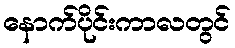
နောက်ပိုင်းကာလတွင်